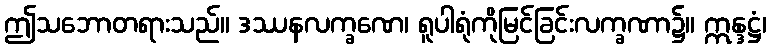
ဤသဘောတရားသည်။ ဒဿနလက္ခဏေ၊ ရူပါရုံကိုမြင်ခြင်းလက္ခဏာ၌။ ဣန္ဒဋ္ဌံ၊